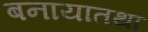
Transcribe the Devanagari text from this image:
बनायातथा